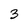
Character: 3